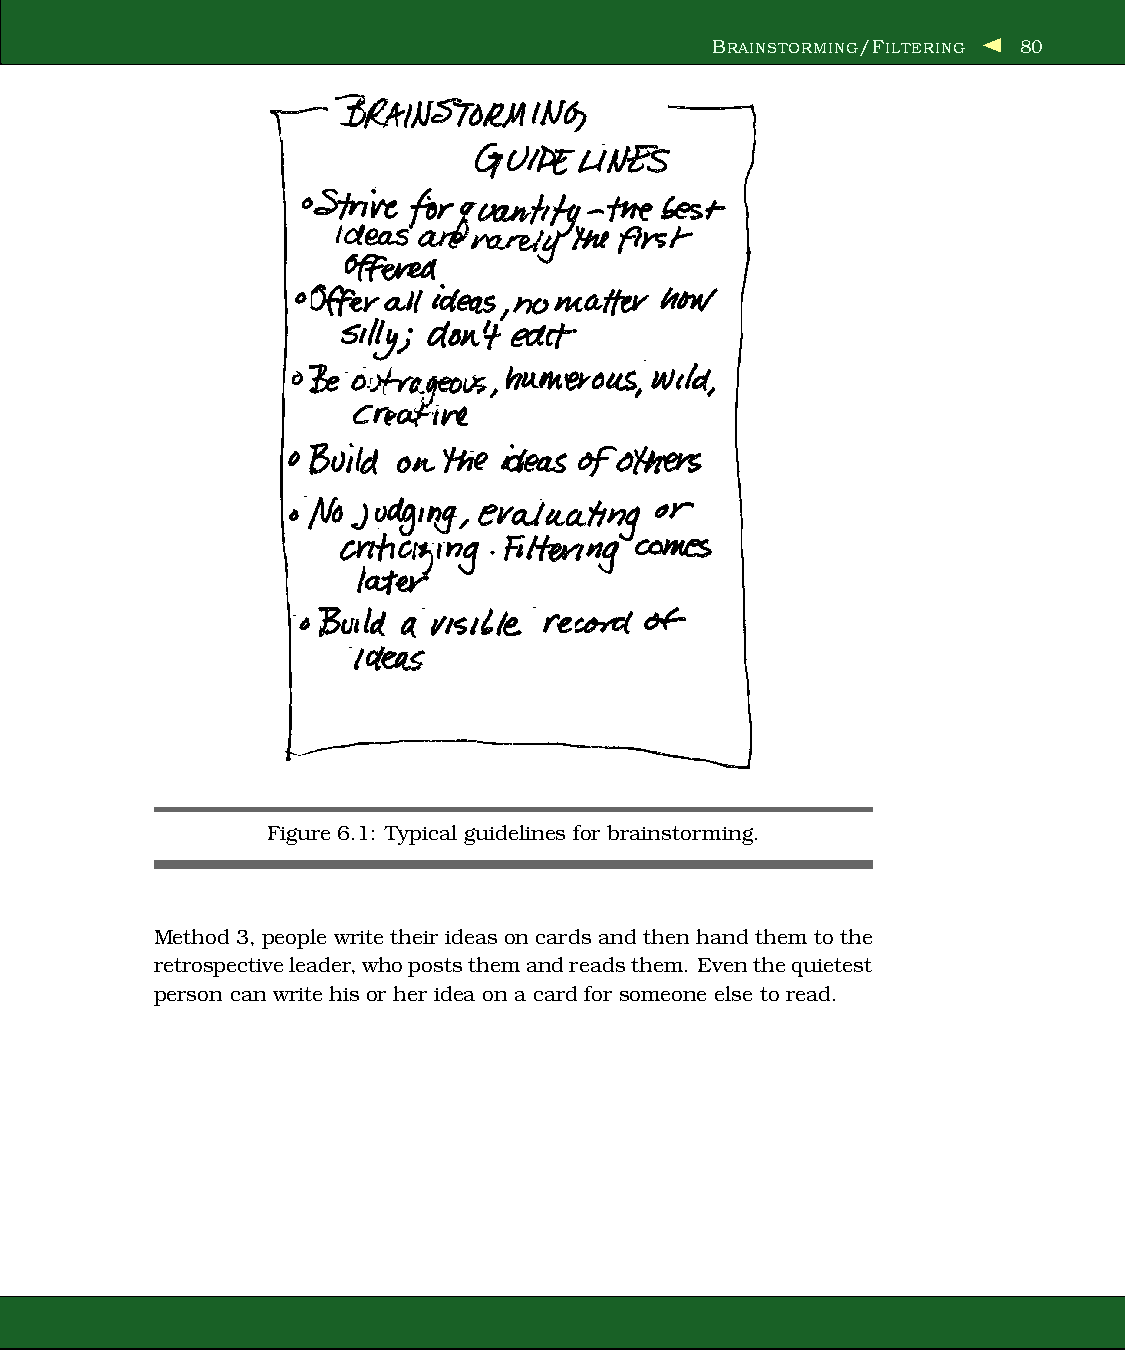
BRAINSTORMING/FILTERING 80
 Figure 6.1: Typical guidelines for brainstorming.
 Method 3, people writetheir ideas on cards and then hand themto the
 retrospectiveleader,whopoststhemandreadsthem. Eventhequietest
 person can write his or her idea on a card for someone else to read.